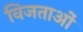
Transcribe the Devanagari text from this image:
विजताओं